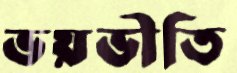
ভয়ভীতি